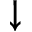
\downarrow